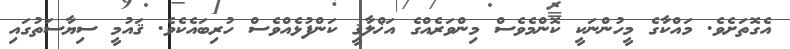
އެގޮތަށެވެ. މައްކާގެ މީހުންނަކީ ކޮންމެވެސް މިންވަރެއްގެ އަޚްލާޤީ ކަންފުޅެއްވެސް ހުރިބައެކެވެ. ޤައުމީ ސިޔާސަތުގައި